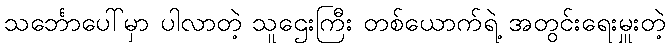
သင်္ဘောပေါ်မှာ ပါလာတဲ့ သူဌေးကြီး တစ်ယောက်ရဲ့ အတွင်းရေးမှူးတဲ့